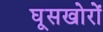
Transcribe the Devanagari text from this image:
घूसखोरों